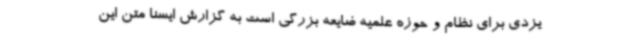
یزدی برای نظام و حوزه علمیه ضایعه بزرگی است به گزارش ایسنا متن این